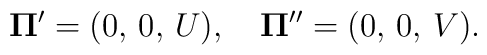
{\bf \Pi '}=(0,\,0,\,U), \quad {\bf \Pi}''=(0,\,0,\,V){.}